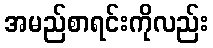
အမည်စာရင်းကိုလည်း